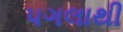
પગલાથી